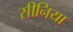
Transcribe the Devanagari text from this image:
सीनिया